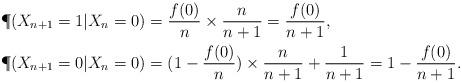
LaTeX: \begin{align*}\P (X_{n+1}=1|X_{n}=0)&=\frac{f(0)}{n}\times \frac{n}{n+1}=\frac{f(0)}{n+1},\\\P (X_{n+1}=0|X_{n}=0)&=(1-\frac{f(0)}{n})\times \frac{n}{n+1}+\frac{1}{n+1}=1-\frac{f(0)}{n+1}.\end{align*}